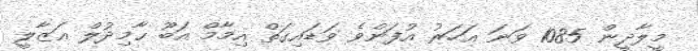
މީލާދީން 1085 ވަނަ އަހަރު އުފަންވެ ވަޑައިގަތް އިމާމް އަބޫ ޙާމިދުލް ޢަޒާލީ